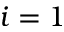
i = 1